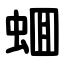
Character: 蜖